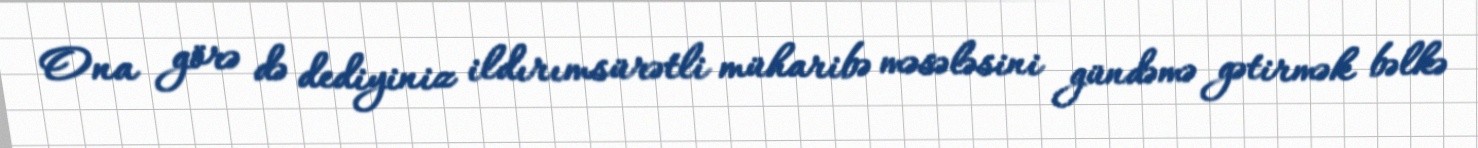
Ona görə də dediyiniz ildırımsürətli müharibə məsələsini gündəmə gətirmək bəlkə